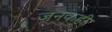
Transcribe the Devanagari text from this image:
जनकही